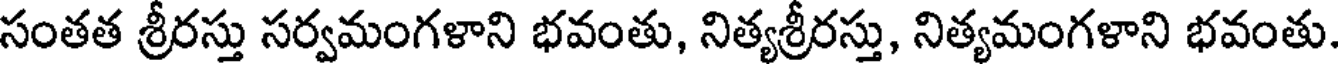
సంతత శ్రీరస్తు సర్వమంగళాని భవంతు, నిత్యశ్రీరస్తు, నిత్యమంగళాని భవంతు